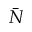
\bar { N }